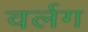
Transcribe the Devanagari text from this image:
वर्लग